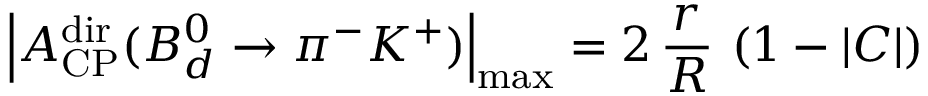
\left| { \cal A } _ { \mathrm { C P } } ^ { \mathrm { d i r } } ( B _ { d } ^ { 0 } \to \pi ^ { - } K ^ { + } ) \right| _ { \mathrm { m a x } } = 2 \, \frac { r } { R } \, \left( 1 - | C | \right)